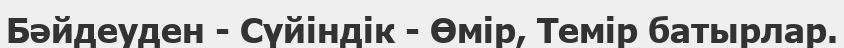
Бәйдеуден - Сүйіндік - Өмір, Темір батырлар.